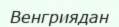
Венгриядан